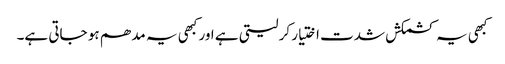
کبھی یہ کشمکش شدت اختیار کر لیتی ہے اور کبھی یہ مدھم ہو جاتی ہے۔